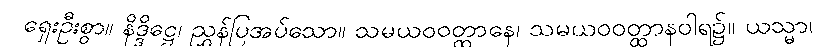
ရှေးဦးစွာ။ နိဒ္ဒိဋ္ဌေ၊ ညွှန်ပြအပ်သော။ သမယဝဝတ္ထာနေ၊ သမယဝဝတ္ထာနဝါရ၌။ ယသ္မာ၊